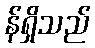
န်ရှိသည်